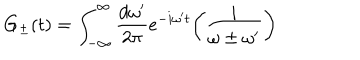
G _ { \pm } ( t ) = \int _ { - \infty } ^ { \infty } { \frac { d \omega ^ { \prime } } { 2 \pi } } e ^ { - i \omega ^ { \prime } t } \biggl ( { \frac { i } { \omega \pm \omega ^ { \prime } } } \biggr )